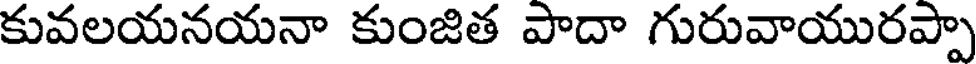
కువలయనయనా కుంజిత పాదా గురువాయురప్పా